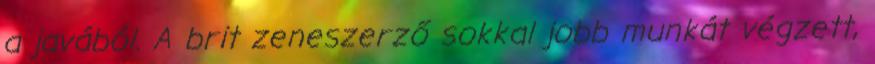
a javából. A brit zeneszerző sokkal jobb munkát végzett,